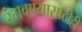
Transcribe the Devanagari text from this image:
रंगवण्यासाठीही